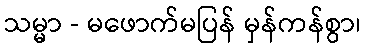
သမ္မာ - မဖောက်မပြန် မှန်ကန်စွာ၊